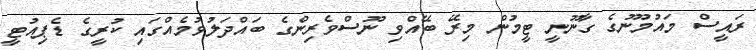
ރައީސް މައުމޫނުގެ ގާނޫނީ ޓީމުން މިރޭ ބޭއްވި ނޫސްވެރިންގެ ބައްދަލުވުމެއްގައި ކުރީގެ ޑެޕިއުޓީ